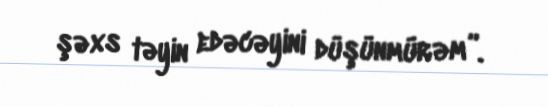
şəxs təyin edəcəyini düşünmürəm”.